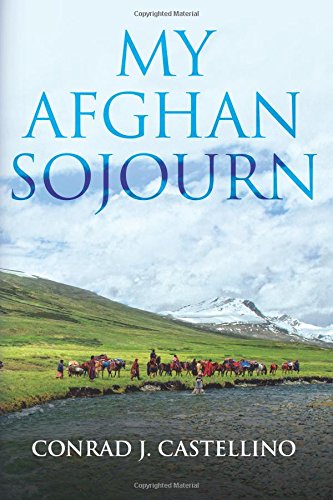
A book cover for My Afghan Sojourn; Conrad J. Castellino; Romance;